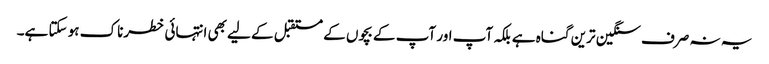
یہ نہ صرف سنگین ترین گناہ ہے بلکہ آپ اور آپ کے بچوں کے مستقبل کے لیے بھی انتہائی خطرناک ہو سکتا ہے۔